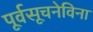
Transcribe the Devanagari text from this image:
पूर्वसूचनेविना